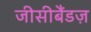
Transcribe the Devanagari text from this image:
जीसीबैंडज़